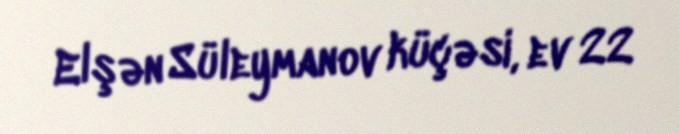
Elşən Süleymanov küçəsi, ev 22